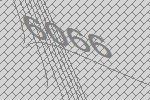
6066